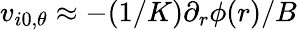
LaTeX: v_{i0,\theta}\approx-(1/K)\partial_{r}\phi(r)/B